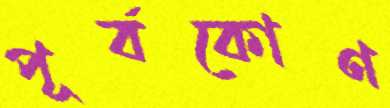
পূর্বকোণ